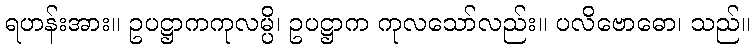
ရဟန်းအား။ ဥပဋ္ဌာကကုလမ္ပိ၊ ဥပဋ္ဌာက ကုလသော်လည်း။ ပလိဗောဓော၊ သည်။